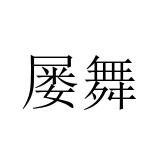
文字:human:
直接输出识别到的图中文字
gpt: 屡舞